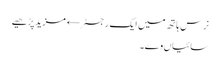
نرس ہاتھ میں ایک رجسٹر← مزید پڑھیے
سائیاں وے۔